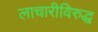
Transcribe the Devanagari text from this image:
लाचारीविरुद्ध